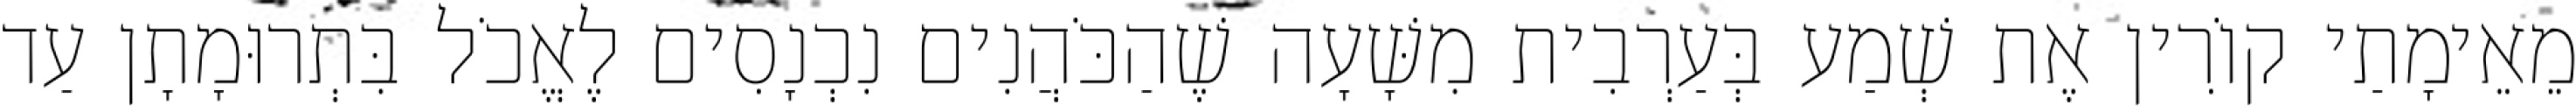
מֵאֵימָתַי קוֹרִין אֶת שְׁמַע בְּעַרְבִית מִשָּׁעָה שֶׁהַכֹּהֲנִים נִכְנָסִים לֶאֱכֹל בִּתְרוּמָתָן עַד